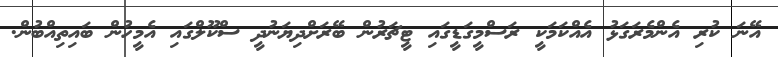
އޭނަ ކުރި އެންމެރަގަޅު އެއްކަމަކީ ރަސްމީގަޑީގައި ޓީޗަރުން ބޭރަށްދިޔަނުދީ ސްކޫލްގައި އެމީހުން ބައިތިއްބުން.